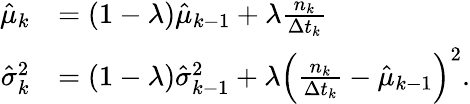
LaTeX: \begin{array}{rl}{\hat{\mu}_{k}}&{=(1-\lambda)\hat{\mu}_{k-1}+\lambda\frac{n_{k}}{\Delta t_{k}}}\\ {\hat{\sigma}_{k}^{2}}&{=(1-\lambda)\hat{\sigma}_{k-1}^{2}+\lambda\left(\frac{n_{k}}{\Delta t_{k}}-\hat{\mu}_{k-1}\right)^{2}.}\end{array}